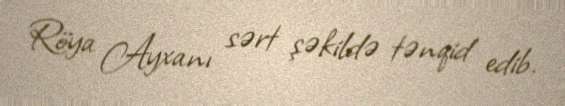
Röya Ayxanı sərt şəkildə tənqid edib.